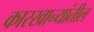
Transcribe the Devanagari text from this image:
कारखान्यांतील